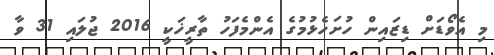
މި އެވޯޑަށް ޑިޒައިން ހުށަހެޅުމުގެ އެންމެފަހު ތާރީޚަކީ 2016 ޖުލައި 31 ވާ